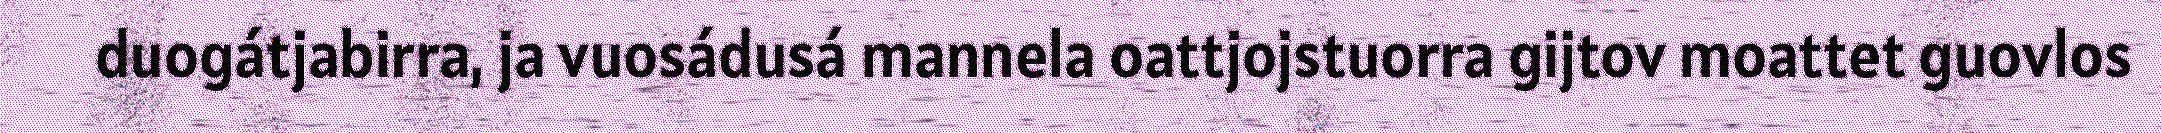
duogátjabirra, ja vuosádusá mannela oattjojstuorra gijtov moattet guovlos